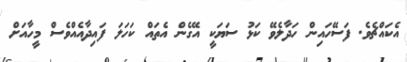
އެކައްޗެވެ. ފަސޭހައިން ހަދާލެވޭ ކަޅު ސަޔަކީ އޭގެން އެތައް ކަހަލަ ފައިދާއެއްވެސް މީހާއަށް